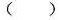
()